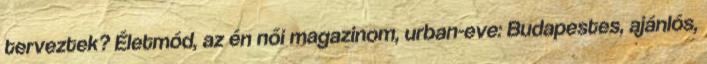
terveztek? Életmód, az én női magazinom, urban-eve: Budapestes, ajánlós,